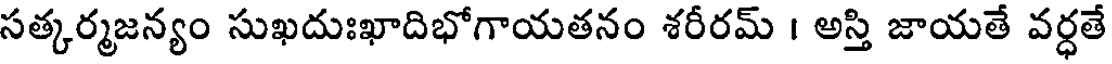
సత్కర్మజన్యం సుఖదుఃఖాదిభోగాయతనం శరీరమ్ । అస్తి జాయతే వర్ధతే